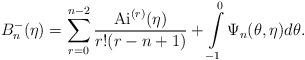
LaTeX: \begin{align*} B^-_n(\eta)= \sum\limits_{r=0}^{n-2} \frac{\mathrm{Ai}^{(r)}(\eta)}{r!(r-n+1)} + \int\limits_{-1}^{0}\Psi_n(\theta,\eta)d\theta. \end{align*}